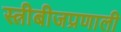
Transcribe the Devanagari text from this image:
स्त्रीबीजप्रणाली